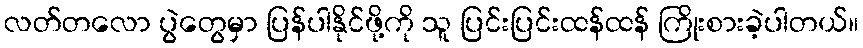
လတ်တလော ပွဲတွေမှာ ပြန်ပါနိုင်ဖို့ကို သူ ပြင်းပြင်းထန်ထန် ကြိုးစားခဲ့ပါတယ်။